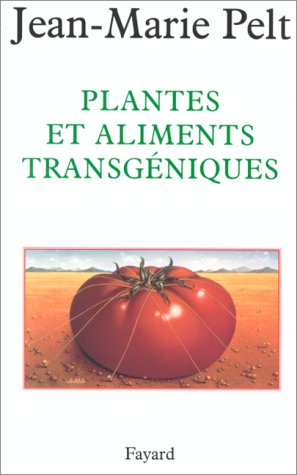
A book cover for Plantes et aliments transgeniques (French Edition); Jean-Marie Pelt; Health, Fitness & Dieting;